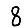
Digit: 8